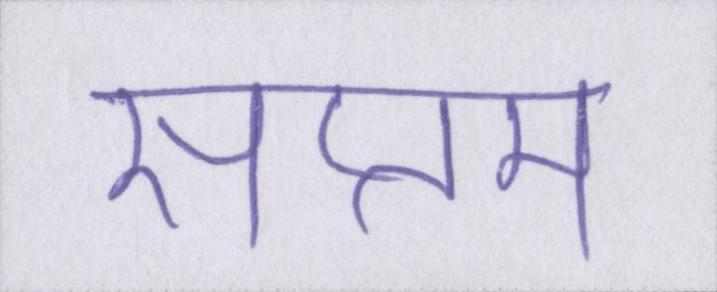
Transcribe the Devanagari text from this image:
सप्तम